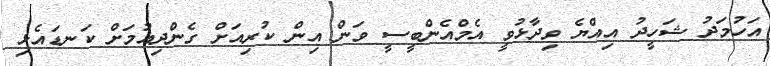
އަހުމަދު ޝަހީދު އިއްޔެ ވިދާޅުވީ އެމްއެންބީސީ ވަން އިން ކުރިއަށް ގެންދިއުމަށް ކަނޑައެޅި